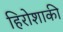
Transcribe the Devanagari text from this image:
हिरोशाकी